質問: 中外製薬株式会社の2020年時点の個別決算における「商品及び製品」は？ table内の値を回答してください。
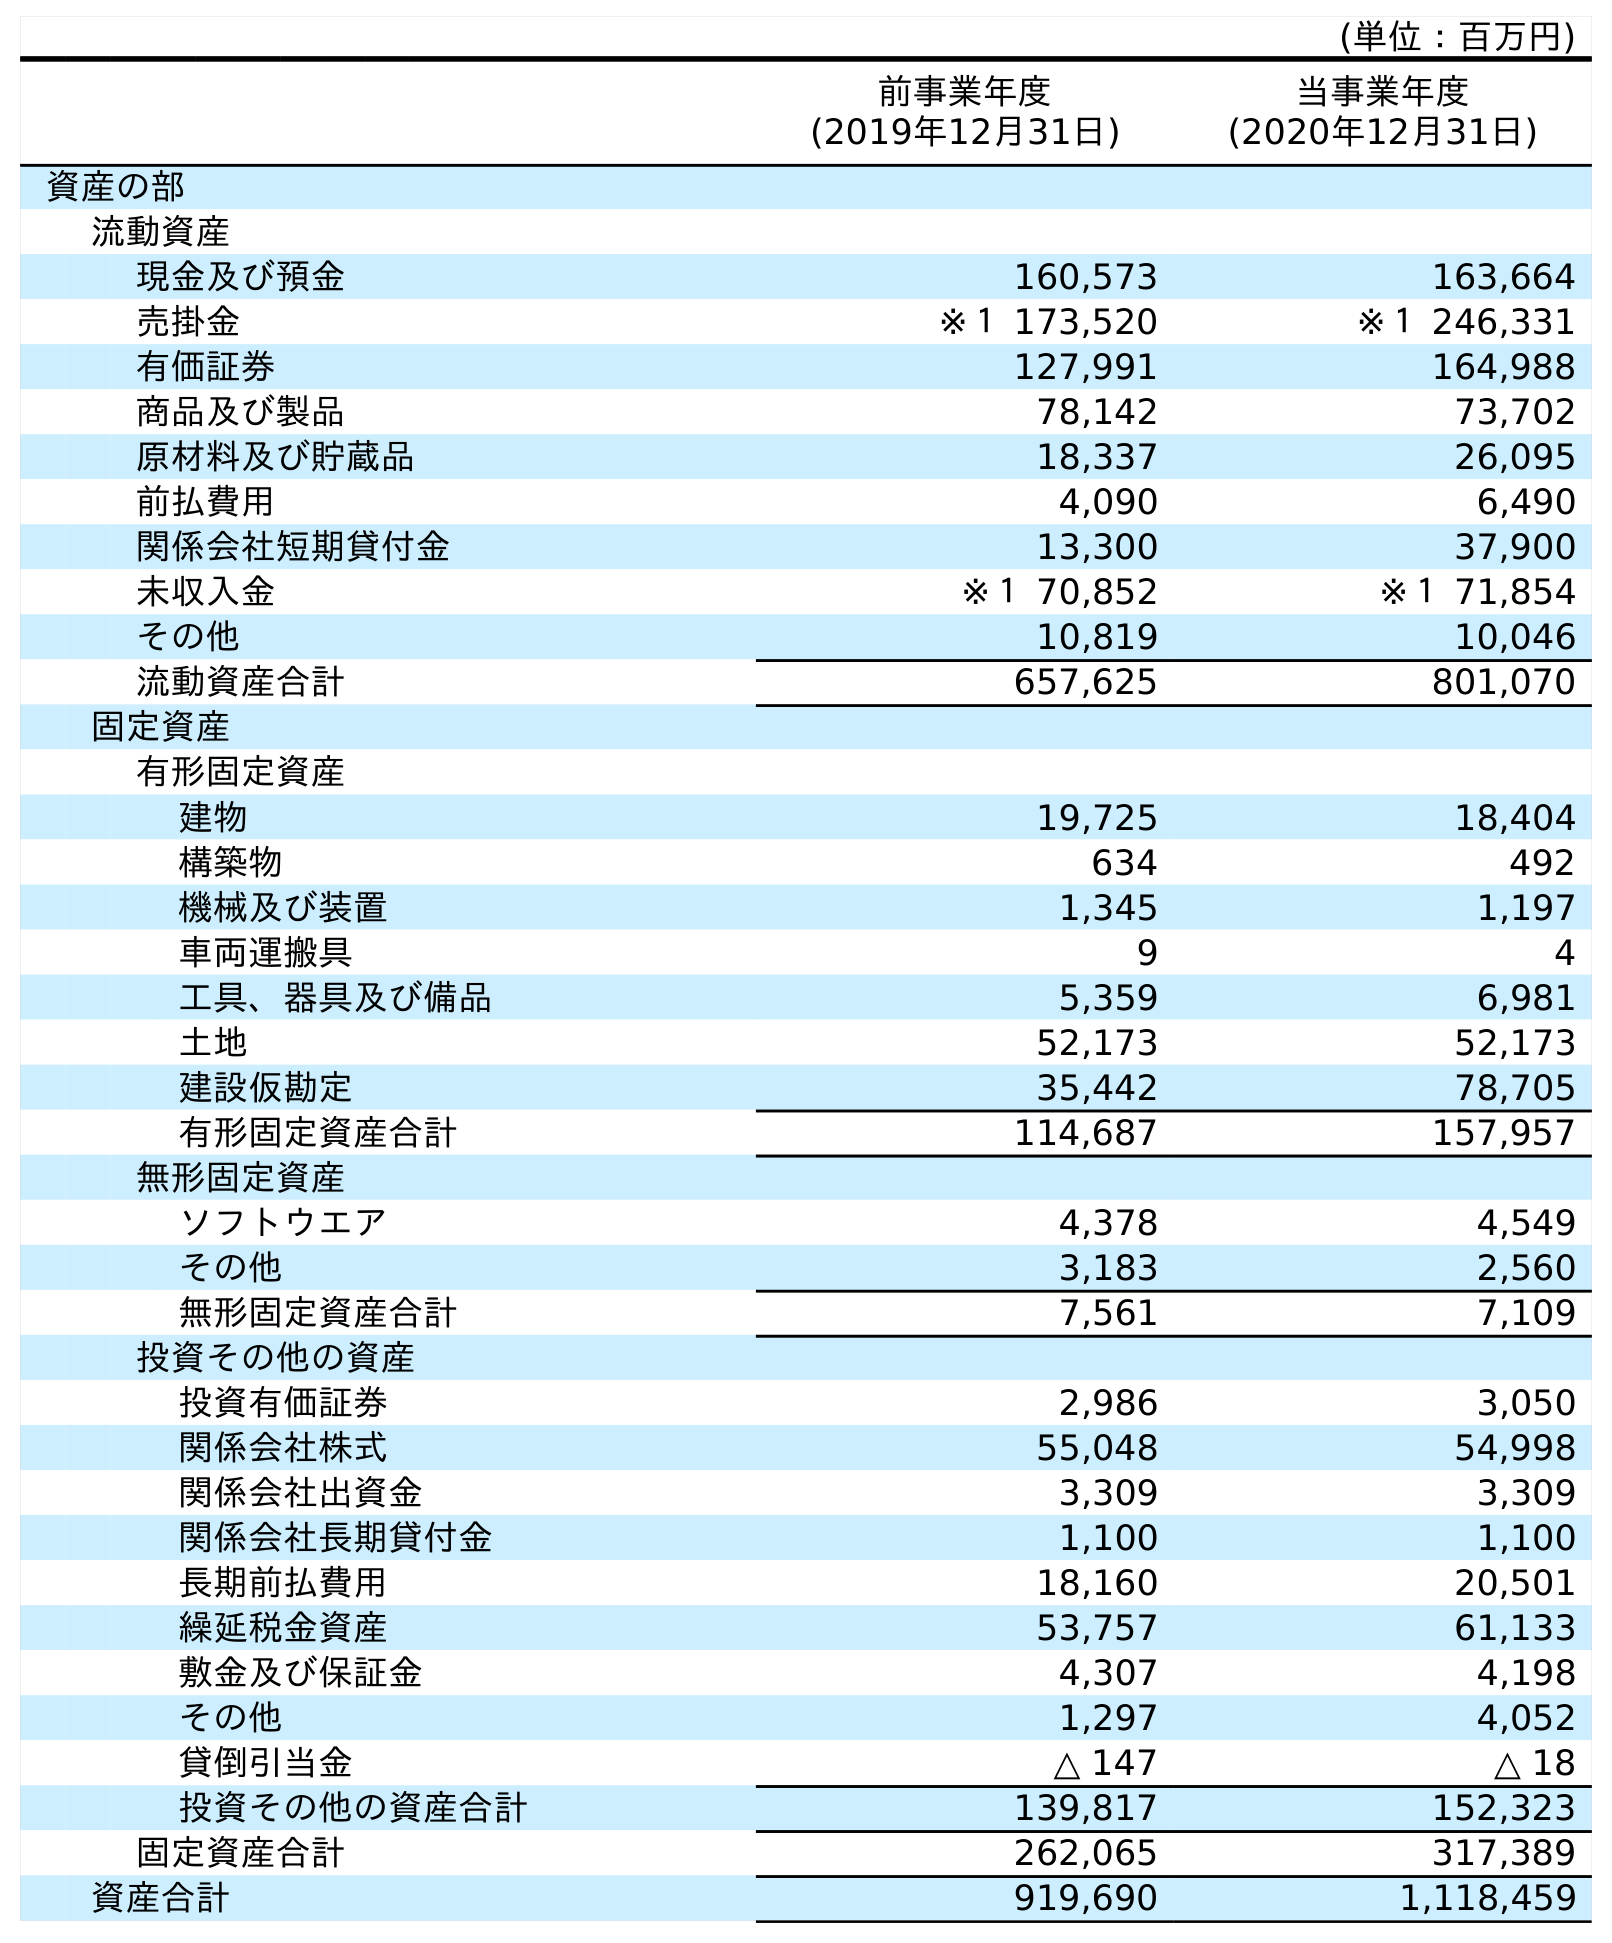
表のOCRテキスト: (単位：百万円) 前事業年度 (2019年12月31日) 当事業年度 (2020年12月31日) 資産の部 流動資産 現金及び預金 160,573 163,664 売掛金 ※１ 173,520 ※１ 246,331 有価証券 127,991 164,988 商品及び製品 78,142 73,702 原材料及び貯蔵品 18,337 26,095 前払費用 4,090 6,490 関係会社短期貸付金 13,300 37,900 未収入金 ※１ 70,852 ※１ 71,854 その他 10,819 10,046 流動資産合計 657,625 801,070 固定資産 有形固定資産 建物 19,725 18,404 構築物 634 492 機械及び装置 1,345 1,197 車両運搬具 9 4 工具、器具及び備品 5,359 6,981 土地 52,173 52,173 建設仮勘定 35,442 78,705 有形固定資産合計 114,687 157,957 無形固定資産 ソフトウエア 4,378 4,549 その他 3,183 2,560 無形固定資産合計 7,561 7,109 投資その他の資産 投資有価証券 2,986 3,050 関係会社株式 55,048 54,998 関係会社出資金 3,309 3,309 関係会社長期貸付金 1,100 1,100 長期前払費用 18,160 20,501 繰延税金資産 53,757 61,133 敷金及び保証金 4,307 4,198 その他 1,297 4,052 貸倒引当金 △ 147 △ 18 投資その他の資産合計 139,817 152,323 固定資産合計 262,065 317,389 資産合計 919,690 1,118,459
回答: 73,702